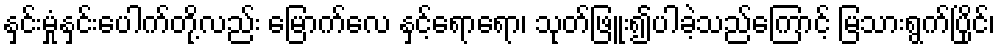
နှင်းမှုံနှင်းပေါက်တို့လည်း မြောက်လေ နှင့်ရောရော၊ သုတ်ဖြူး၍ပါခဲ့သည်ကြောင့် မြသားရွက်ပြိုင်၊